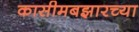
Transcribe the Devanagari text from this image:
कासीमबझारच्या